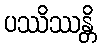
ပဿိဿန္တိ